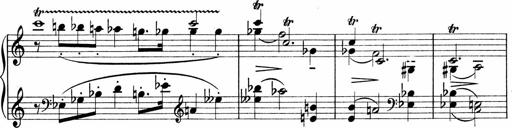
Title: Sonatina No.1
Composer: Otto Stoll
Key: C major